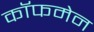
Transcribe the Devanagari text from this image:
कॉफमेन